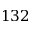
1 3 2